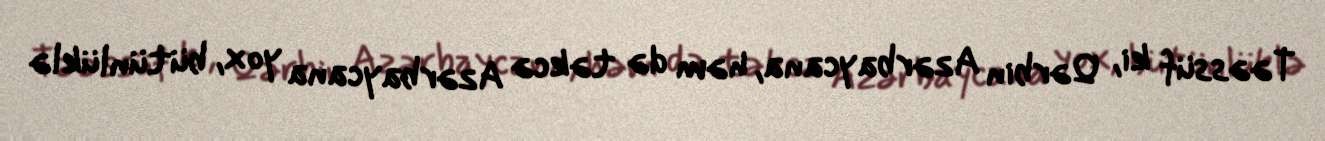
Təəssüf ki, Qərbin Azərbaycana, həm də təkcə Azərbaycana yox, bütünlüklə